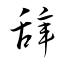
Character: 辝